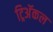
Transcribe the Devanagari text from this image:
ट्रिअॅकल